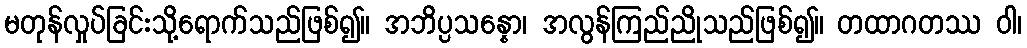
မတုန်လှုပ်ခြင်းသို့ရောက်သည်ဖြစ်၍။ အဘိပ္ပသန္နော၊ အလွန်ကြည်ညိုသည်ဖြစ်၍။ တထာဂတဿ ဝါ၊